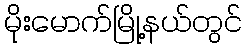
မိုးမောက်မြို့နယ်တွင်